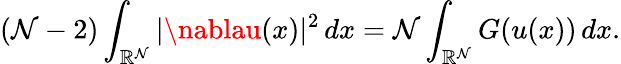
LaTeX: (\mathcal{N}-2)\int_{\mathbb{{R}}^{\mathcal{N}}}|\nablau(x)|^{2}\, dx=\mathcal{N}\int_{\mathbb{{R}}^{\mathcal{N}}}G(u(x))\, dx.